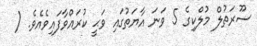
ސޫރަތުލް މުލްކިގެ 5 ވަނަ އާޔަތުގައި ވަޙީ ކުރައްވާފައިވެއެވެ. (